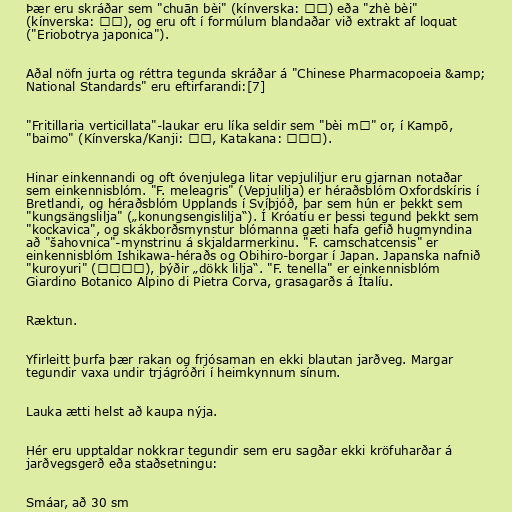
Þær eru skráðar sem "chuān bèi" (kínverska: 川貝) eða "zhè bèi"
(kínverska: 浙貝), og eru oft í formúlum blandaðar við extrakt af loquat
("Eriobotrya japonica").

Aðal nöfn jurta og réttra tegunda skráðar á "Chinese Pharmacopoeia &amp;
National Standards" eru eftirfarandi:[7]

"Fritillaria verticillata"-laukar eru líka seldir sem "bèi mǔ" or, í Kampō,
"baimo" (Kínverska/Kanji: 貝母, Katakana: バイモ).

Hinar einkennandi og oft óvenjulega litar vepjuliljur eru gjarnan notaðar
sem einkennisblóm. "F. meleagris" (Vepjulilja) er héraðsblóm Oxfordskíris í
Bretlandi, og héraðsblóm Upplands í Svíþjóð, þar sem hún er þekkt sem
"kungsängslilja" („konungsengislilja“). Í Króatíu er þessi tegund þekkt sem
"kockavica", og skákborðsmynstur blómanna gæti hafa gefið hugmyndina
að "šahovnica"-mynstrinu á skjaldarmerkinu. "F. camschatcensis" er
einkennisblóm Ishikawa-héraðs og Obihiro-borgar í Japan. Japanska nafnið
"kuroyuri" (クロユリ), þýðir „dökk lilja“. "F. tenella" er einkennisblóm
Giardino Botanico Alpino di Pietra Corva, grasagarðs á Ítalíu.

Ræktun.

Yfirleitt þurfa þær rakan og frjósaman en ekki blautan jarðveg. Margar
tegundir vaxa undir trjágróðri í heimkynnum sínum.

Lauka ætti helst að kaupa nýja.

Hér eru upptaldar nokkrar tegundir sem eru sagðar ekki kröfuharðar á
jarðvegsgerð eða staðsetningu:

Smáar, að 30 sm